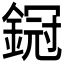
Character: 𨩶